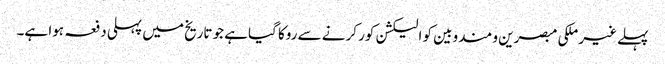
پہلے غیر ملکی مبصرین و مندوبین کو الیکشن کور کرنے سے روکا گیاہے جو تاریخ میں پہلی دفعہ ہوا ہے۔